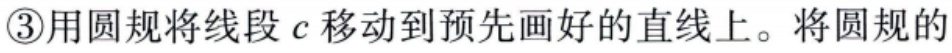
\textcircled{3}用圆规将线段\(c\)移动到预先画好的直线上。将圆规的